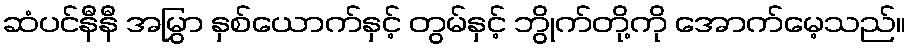
ဆံပင်နီနီ အမြွှာ နှစ်ယောက်နှင့် တွမ်နှင့် ဘွိုက်တို့ကို အောက်မေ့သည်။